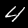
Digit: 4